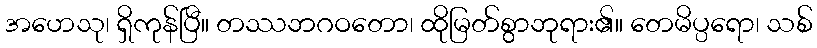
အဟေသု၊ ရှိကုန်ပြီ။ တဿဘဂဝတော၊ ထိုမြတ်စွာဘုရား၏။ တေမိပ္ပရော၊ သစ်